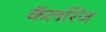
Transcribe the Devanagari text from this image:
कॅलरिज